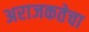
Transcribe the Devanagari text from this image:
अराजकतेचा